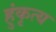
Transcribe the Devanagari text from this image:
हुंकृत्य